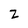
Character: z